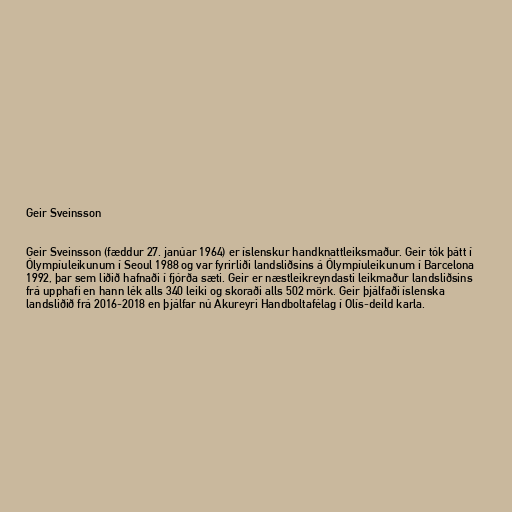
Geir Sveinsson

Geir Sveinsson (fæddur 27. janúar 1964) er íslenskur handknattleiksmaður. Geir tók þátt í
Ólympíuleikunum í Seoul 1988 og var fyrirliði landsliðsins á Ólympíuleikunum í Barcelona
1992, þar sem liðið hafnaði í fjórða sæti. Geir er næstleikreyndasti leikmaður landsliðsins
frá upphafi en hann lék alls 340 leiki og skoraði alls 502 mörk. Geir þjálfaði íslenska
landsliðið frá 2016-2018 en þjálfar nú Akureyri Handboltafélag í Olís-deild karla.